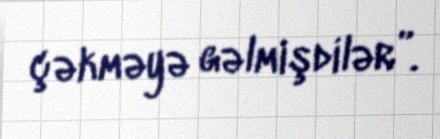
çəkməyə gəlmişdilər”.